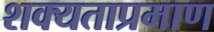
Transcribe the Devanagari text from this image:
शक्यताप्रमाण